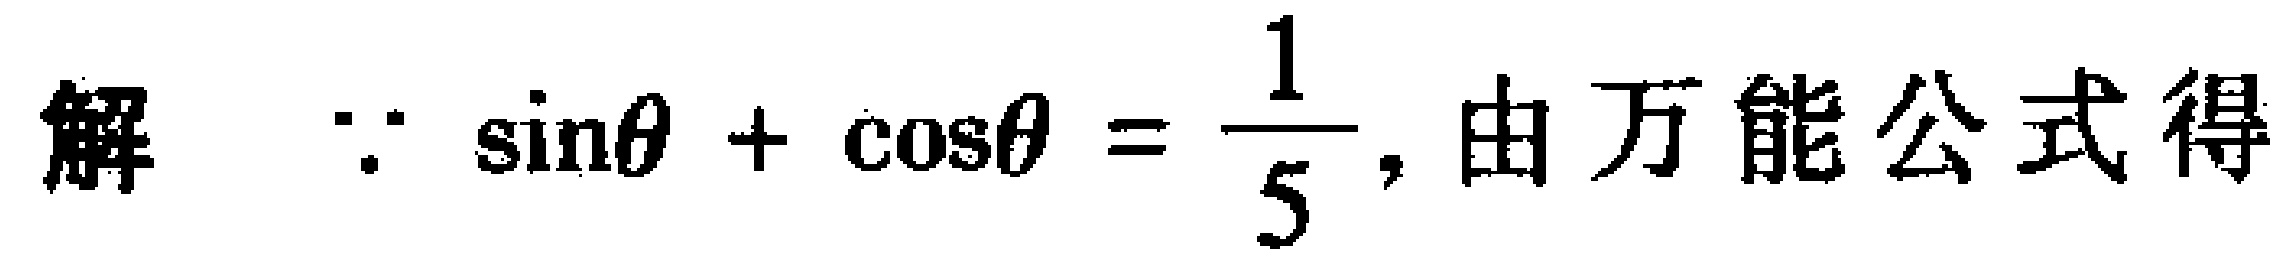
解：$\because \sin\theta + \cos\theta =\dfrac{1}{5}$, 由万能公式得